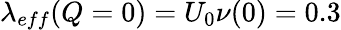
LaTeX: \lambda_{eff}(Q=0)=U_{0}\nu(0)=0.3